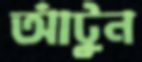
আঁটুন